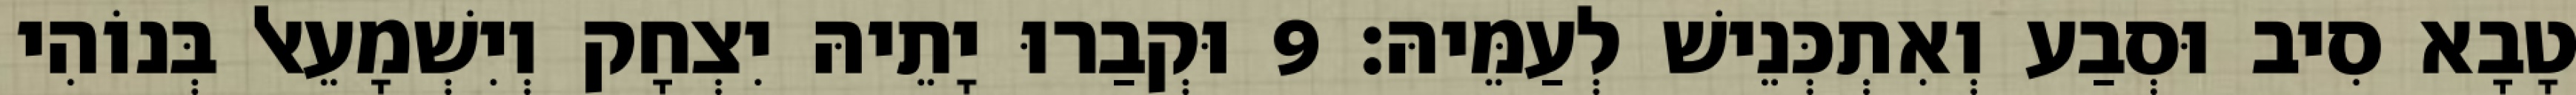
טָבָא סִיב וּסְבַע וְאִתְכְּנֵישׁ לְעַמֵּיהּ׃ 9 וּקְבַרוּ יָתֵיהּ יִצְחָק וְיִשְׁמָעֵאל בְּנוֹהִי